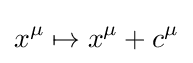
x^{\mu }\mapsto x^{\mu }+c^{\mu }